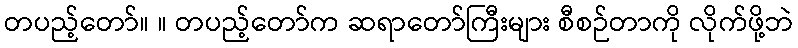
တပည့်တော်။ ။ တပည့်တော်က ဆရာတော်ကြီးများ စီစဉ်တာကို လိုက်ဖို့ဘဲ